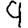
Digit: 9